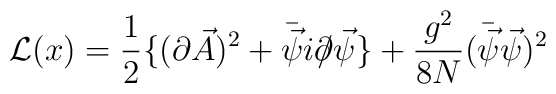
{\cal L}(x)=  {1\over 2}\{(\partial\vec{A})^2+  \bar{\vec{\psi}}i\partial\llap /\vec{\psi}\}  +{g^2\over 8N}(\bar{\vec{\psi}}\vec{\psi})^2